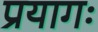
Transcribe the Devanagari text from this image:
प्रयागः